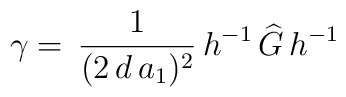
\gamma = \, \frac{1}{(2 \, d \,a_1)^{2}} \, h^{-1} \, \widehat{G} \, h^{-1}